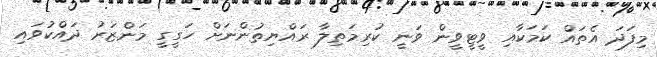
މިފަދަ އެތައް ކަމަކާއި ވީޓީވީން ވަނީ ކުރިމަތިލާ ރައްޔިތުންނަށް ހަގީގީ މަންޒަރު ދައްކުވައި